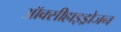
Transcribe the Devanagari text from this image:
ऑक्सीहाइड्रोजन